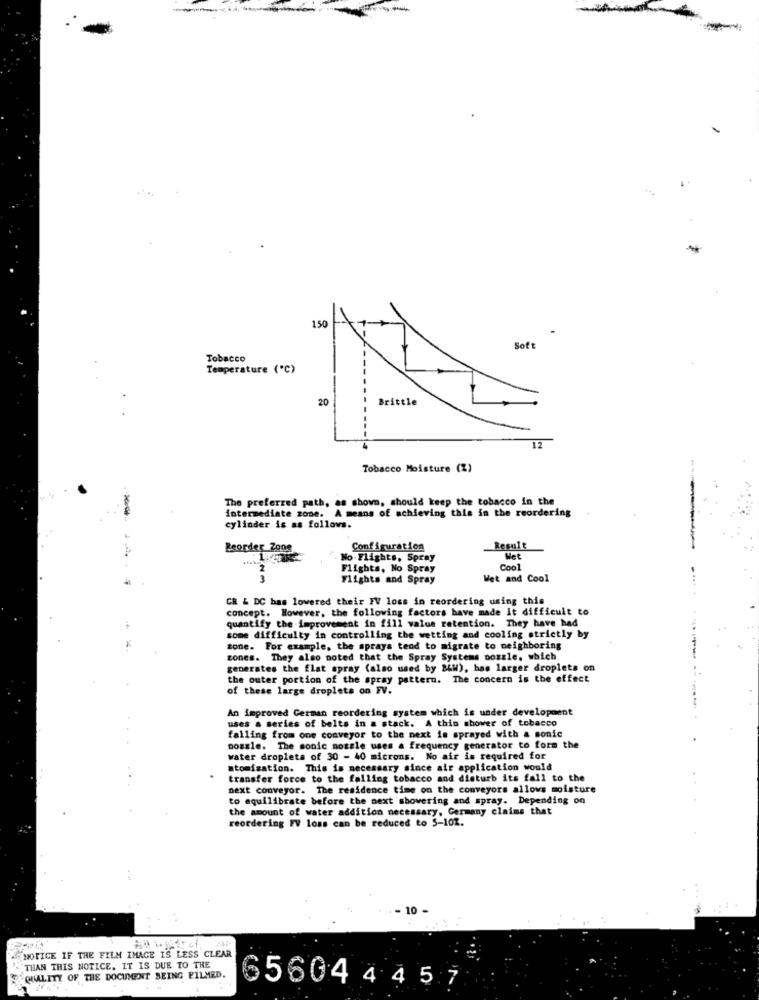
150
Soft
Tobacco
Temperature ("℃)
20
Brittle
12
Tobacco Moisture (2)
The preferred path, as shown, should keep the tobacco in the
intermediate zone. A means of achieving this in the reordering
cylinder is as follows.
Peorder Zong
Configuration
Result
No- Flights, Spray
Met
Flights, No Spray
Cool
Flights and Spray
Wet and Cool
CR & DC bas lowered their FV loss in reordering using this
concept. However, the following factors have made It difficult to
quantify the improvement in fill value retention. They have had
some difficulty in controlling the wetting and cooling strictly by
zone. For example, the sprays tend to migrate to neighboring
zones. They also noted that the Spray Systems nozzle, which
generates the flat spray (also used by BLW), bas larger droplets on
the outer portion of the spray pattern. The concern is the effect
of these large droplets on FV.
An improved German reordering system which is under development
uses a series of belts in a stack. A thin shower of tobacco
falling from one conveyor to the next is sprayed with a sonic
bossle. The sonic mossle uses a frequency generator to form the
water droplets of 30 - 40 microns. No air is required for
atomisation. This is necessary since air application would
transfer force to the falling tobacco and disturb its fall to the
next conveyor. The residence time on the conveyors allows moisture
to equilibrate before the next showering and spray. Depending on
the amount of water addition necessary, Germany claims that
reordering FV loss can be reduced to 5-102.
- 10
NOTICE IF THE FILM IMAGE IS LESS CLEAR
THAN THIS NOTICE. IT IS DUE TO THE
QUALITY OF THE DOCUMENT BEING FILMED.
56044457